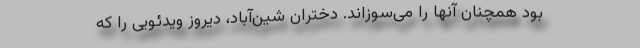
بود همچنان آنها را می‌سوزاند. دختران شین‌آباد، دیروز ویدئویی را که